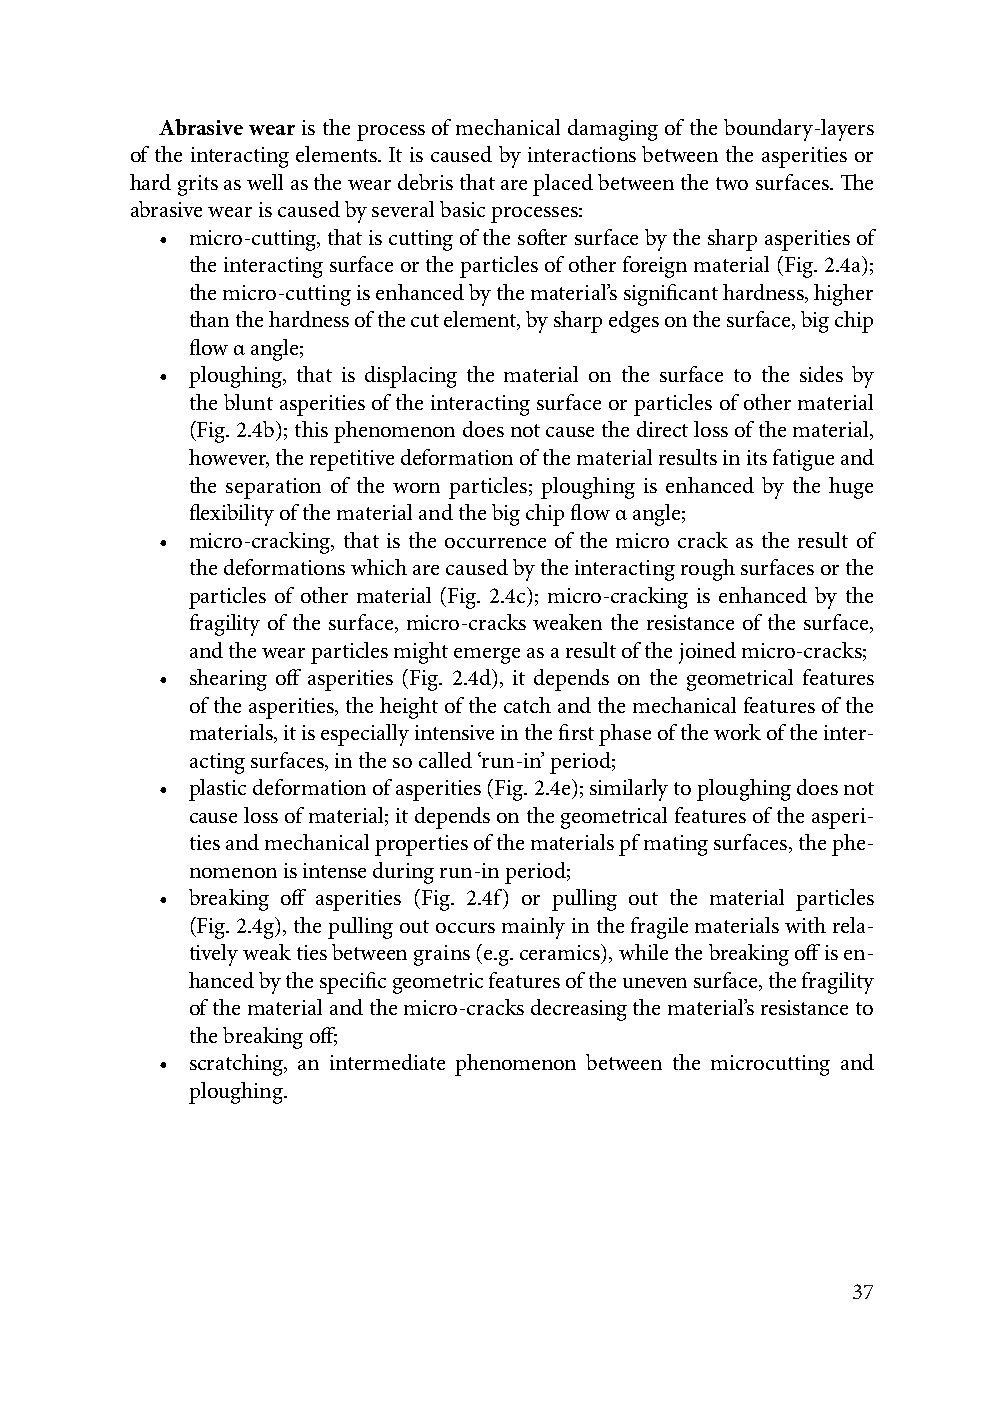
Abrasive wear is the process of mechanical damaging of the boundary-layers
 of the interacting elements. It is caused by interactions between the asperities or
 hard grits as well as the wear debris that are placed between the two surfaces. The
 abrasive wear is caused by several basic processes:
 • micro-cutting, that is cutting of the softer surface by the sharp asperities of
 the interacting surface or the particles of other foreign material (Fig. 2.4a);
 the micro-cutting is enhanced by the material’s significant hardness, higher
 than the hardness of the cut element, by sharp edges on the surface, big chip
 flow α angle;
 • ploughing, that is displacing the material on the surface to the sides by
 the blunt asperities of the interacting surface or particles of other material
 (Fig. 2.4b); this phenomenon does not cause the direct loss of the material,
 however, the repetitive deformation of the material results in its fatigue and
 the separation of the worn particles; ploughing is enhanced by the huge
 flexibility of the material and the big chip flow α angle;
 • micro-cracking, that is the occurrence of the micro crack as the result of
 the deformations which are caused by the interacting rough surfaces or the
 particles of other material (Fig. 2.4c); micro-cracking is enhanced by the
 fragility of the surface, micro-cracks weaken the resistance of the surface,
 and the wear particles might emerge as a result of the joined micro-cracks;
 • shearing off asperities (Fig. 2.4d), it depends on the geometrical features
 of the asperities, the height of the catch and the mechanical features of the
 materials, it is especially intensive in the first phase of the work of the inter-
 acting surfaces, in the so called ‘run-in’ period;
 • plastic deformation of asperities (Fig. 2.4e); similarly to ploughing does not
 cause loss of material; it depends on the geometrical features of the asperi-
 ties and mechanical properties of the materials pf mating surfaces, the phe-
 nomenon is intense during run-in period;
 • breaking off asperities (Fig. 2.4f) or pulling out the material particles
 (Fig. 2.4g), the pulling out occurs mainly in the fragile materials with rela-
 tively weak ties between grains (e.g. ceramics), while the breaking off is en-
 hanced by the specific geometric features of the uneven surface, the fragility
 of the material and the micro-cracks decreasing the material’s resistance to
 the breaking off;
 • scratching, an intermediate phenomenon between the microcutting and
 ploughing.
 37